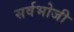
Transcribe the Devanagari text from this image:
सर्वभोजी